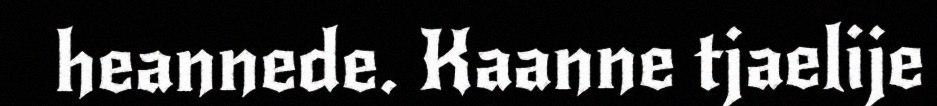
heannede. Kaanne tjaelije